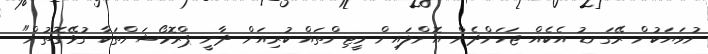
ނުވަޔަކުން ރޭގަނޑު އެކެއް ޖަހަންދެން އޮންލައިން މީޓިންތައް ކުރިއަށް ދާނީ ޕްރޮމޯޝަންތަކާ ގުޅޭގޮތުން"